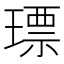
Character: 𤨧